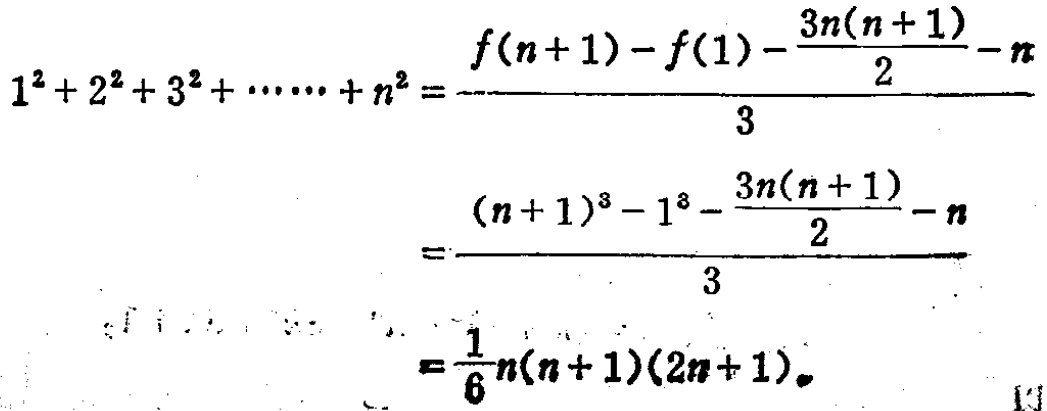
\[
\begin{align*}
1^{2}+2^{2}+3^{2}+\cdots +n^{2}&=\frac{f(n + 1)-f(1)-\frac{3n(n + 1)}{2}-n}{3}\\
&=\frac{(n + 1)^{3}-1^{3}-\frac{3n(n + 1)}{2}-n}{3}\\
&=\frac{1}{6}n(n + 1)(2n + 1)
\end{align*}
\]